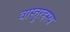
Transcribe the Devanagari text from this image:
वास्तुरहस्य